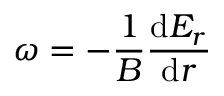
\omega = - \frac { 1 } { B } \frac { \mathrm { d } E _ { r } } { \mathrm { d } r }